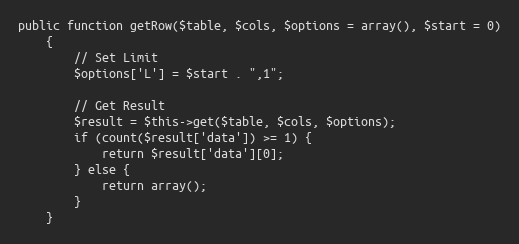
Language: PHP
public function getRow($table, $cols, $options = array(), $start = 0)
    {
        // Set Limit
        $options['L'] = $start . ",1";

        // Get Result
        $result = $this->get($table, $cols, $options);
        if (count($result['data']) >= 1) {
            return $result['data'][0];
        } else {
            return array();
        }
    }